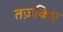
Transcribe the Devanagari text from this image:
तज़किए